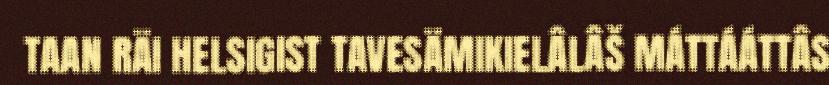
TAAN RÄI HELSIGIST TAVESÄMIKIELÂLÂŠ MÁTTÁÁTTÂS